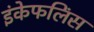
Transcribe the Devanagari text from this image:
इंकेफलिंस